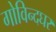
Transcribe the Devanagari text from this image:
गोविन्दघर